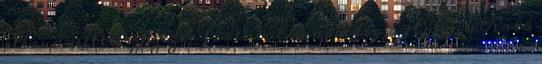
eléri a nettó százezer forintot, márpedig a Hámán Kató